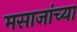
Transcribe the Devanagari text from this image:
मसाजांच्या